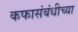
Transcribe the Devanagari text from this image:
कफासंबंधीच्या